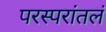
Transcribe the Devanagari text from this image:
परस्परांतलं